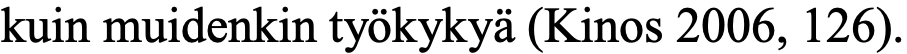
kuin muidenkin työkykyä (Kinos 2006, 126).